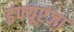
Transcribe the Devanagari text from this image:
इंफ्यूएंजा